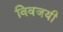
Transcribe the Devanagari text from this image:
विवजयी